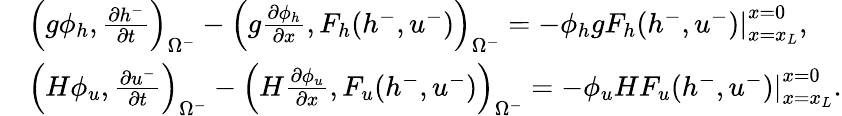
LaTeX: \begin{array}{rl}&{\left(g\phi_{h},\frac{\partial h^{-}}{\partial t}\right)_{\Omega^{-}}-\left(g\frac{\partial\phi_{h}}{\partial x},F_{h}(h^{-},u^{-})\right)_{\Omega^{-}}=-\left.\phi_{h}gF_{h}(h^{-},u^{-})\right|_{x=x_{L}}^{x=0},}\\ &{\left(H\phi_{u},\frac{\partial u^{-}}{\partial t}\right)_{\Omega^{-}}-\left(H\frac{\partial\phi_{u}}{\partial x},F_{u}(h^{-},u^{-})\right)_{\Omega^{-}}=-\left.\phi_{u}HF_{u}(h^{-},u^{-})\right|_{x=x_{L}}^{x=0}.}\end{array}